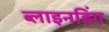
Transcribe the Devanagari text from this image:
ब्लाइनडिंग